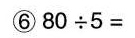
⑥80\div5=